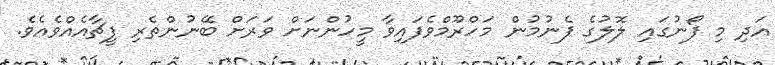
އަދި މި ފޯނުގައި ލޮލުގެ ފެނުމުން މަހްރޫމްވެފައިވާ މީހުންނަށް ވަރަށް ބޭނުންތެރި ފީޗާއެއްވެއެވެ.